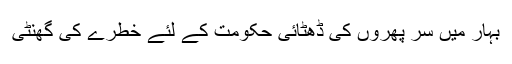
بہار میں سر پھروں کی ڈھٹائی حکومت کے لئے خطرے کی گھنٹی